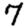
Digit: 7